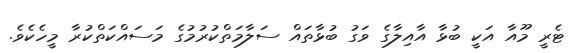
ޓެރީ މޫއާ އަކީ ބުޅާ އާއިލާގެ ވަގު ބުޅާތައް ސަލާމަތްކުރުމުގެ މަސައްކަތްކުރާ މީހެކެވެ.